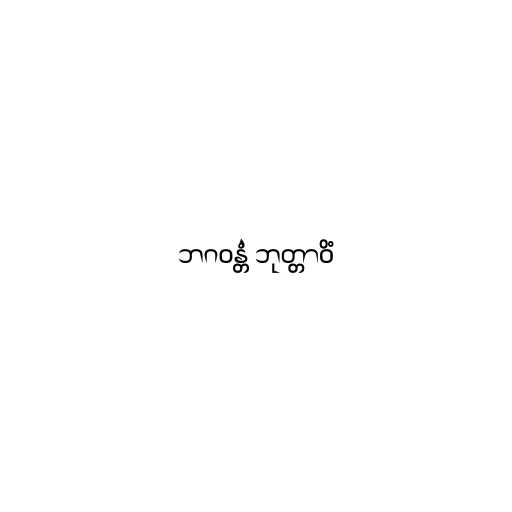
ဘဂဝန္တံ ဘုတ္တာဝိံ